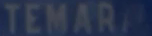
TEMAR®